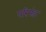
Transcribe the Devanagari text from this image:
परिमंडा